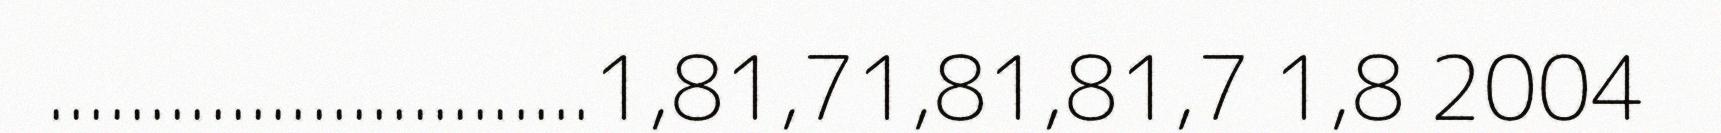
...........................1,81,71,81,81,7 1,8 2004